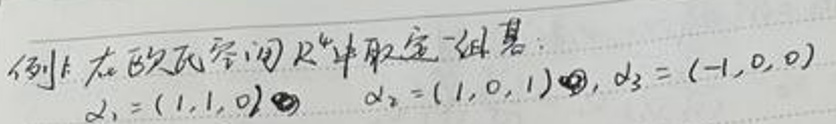
例1. 在欧氏空间 $\mathbb{R}^3$ 中取定一组基：
$\alpha_1=(1,1,0)$, $\alpha_2=(1,0,1)$, $\alpha_3=(-1,0,0)$